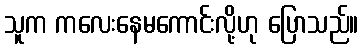
သူက ကလေးနေမကောင်းလို့ဟု ပြောသည်။